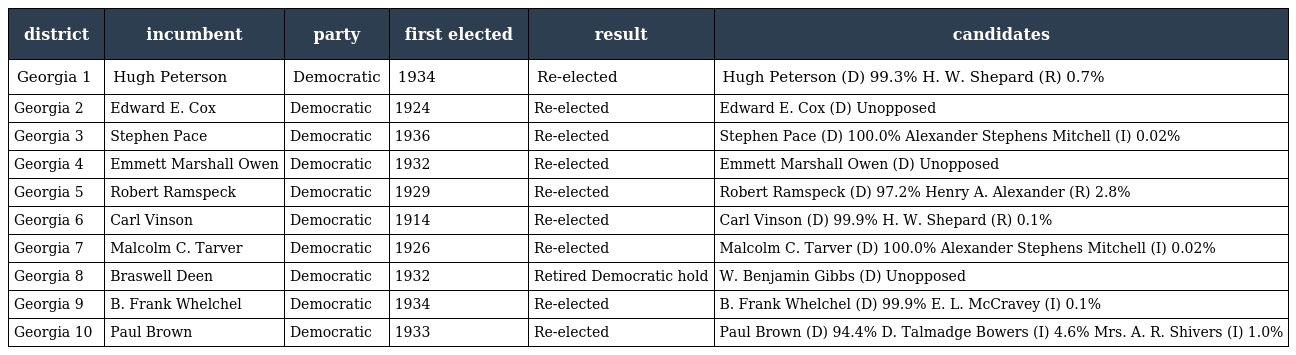
| district | incumbent | party | first elected | result | candidates |
 | --- | --- | --- | --- | --- | --- |
 | Georgia 1 | Hugh Peterson | Democratic | 1934 | Re-elected | Hugh Peterson (D) 99.3% H. W. Shepard (R) 0.7% |
 | Georgia 2 | Edward E. Cox | Democratic | 1924 | Re-elected | Edward E. Cox (D) Unopposed |
 | Georgia 3 | Stephen Pace | Democratic | 1936 | Re-elected | Stephen Pace (D) 100.0% Alexander Stephens Mitchell (I) 0.02% |
 | Georgia 4 | Emmett Marshall Owen | Democratic | 1932 | Re-elected | Emmett Marshall Owen (D) Unopposed |
 | Georgia 5 | Robert Ramspeck | Democratic | 1929 | Re-elected | Robert Ramspeck (D) 97.2% Henry A. Alexander (R) 2.8% |
 | Georgia 6 | Carl Vinson | Democratic | 1914 | Re-elected | Carl Vinson (D) 99.9% H. W. Shepard (R) 0.1% |
 | Georgia 7 | Malcolm C. Tarver | Democratic | 1926 | Re-elected | Malcolm C. Tarver (D) 100.0% Alexander Stephens Mitchell (I) 0.02% |
 | Georgia 8 | Braswell Deen | Democratic | 1932 | Retired Democratic hold | W. Benjamin Gibbs (D) Unopposed |
 | Georgia 9 | B. Frank Whelchel | Democratic | 1934 | Re-elected | B. Frank Whelchel (D) 99.9% E. L. McCravey (I) 0.1% |
 | Georgia 10 | Paul Brown | Democratic | 1933 | Re-elected | Paul Brown (D) 94.4% D. Talmadge Bowers (I) 4.6% Mrs. A. R. Shivers (I) 1.0% |